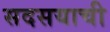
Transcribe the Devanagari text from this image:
सदसयाची